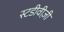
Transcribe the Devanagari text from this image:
स्टडीवीज़ी